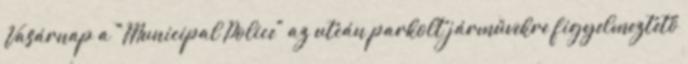
Vasárnap a "Municipal Police" az utcán parkolt járművekre figyelmeztető